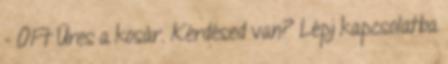
- 0Ft Üres a kosár. Kérdésed van? Lépj kapcsolatba